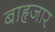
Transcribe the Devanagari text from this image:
बाहृजार